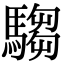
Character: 騶